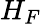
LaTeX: H_{F}